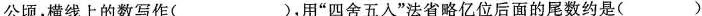
公顷，横线上的数写作( )，用”四舍五入”法省略亿位后面的尾数约是( )。